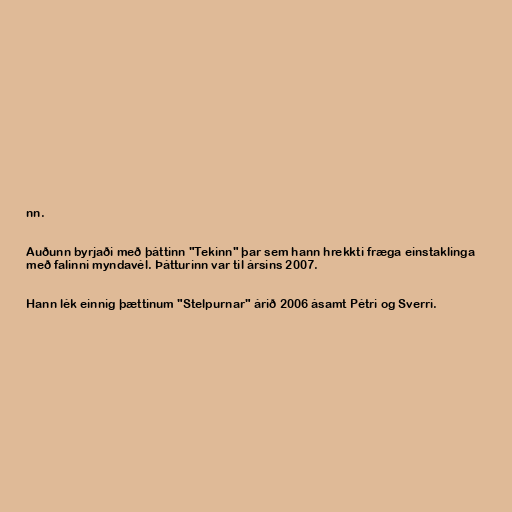
nn.

Auðunn byrjaði með þáttinn "Tekinn" þar sem hann hrekkti fræga einstaklinga
með falinni myndavél. Þátturinn var til ársins 2007.

Hann lék einnig þættinum "Stelpurnar" árið 2006 ásamt Pétri og Sverri.